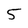
Character: 5